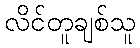
လိင်တူချစ်သူ